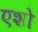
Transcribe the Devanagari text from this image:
एशो